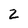
Character: 2